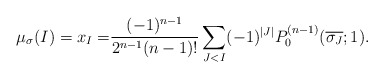
\begin{align*}\mu_{\sigma}(I)= x_I= & \frac{(-1)^{n-1}}{2^{n-1}(n-1)!} \sum_{J<I} (-1)^{|J|} { P_0^{(n-1)}(\overline{\sigma_J} ;1)}.\end{align*}